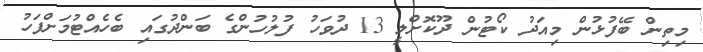
މިތިން ބޭފުޅުން މިއަދު ކޯޓުން ދޫކޮށްލީ 13 ދުވަހު ފުލުހުންގެ ބަންދުގައި ބެހެއްޓުމަށްފަހު